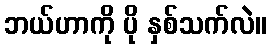
ဘယ်ဟာကို ပို နှစ်သက်လဲ။